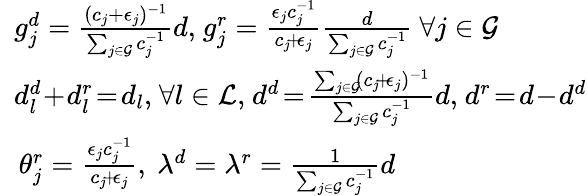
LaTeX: \begin{array}{rl}&{\! \! \! g_{j}^{d}=\frac{(c_{j}+\epsilon_{j})^{-1}}{\sum_{j\in\mathcal{G}}c_{j}^{-1}}d,\! \ g_{j}^{r}=\frac{\epsilon_{j}c_{j}^{-1}}{c_{j}\! +\! \epsilon_{j}}\frac{d}{\sum_{j\in\mathcal{G}}c_{j}^{-1}}\ \forall j\in\mathcal{G}}\\ &{\! \! \! d_{l}^{d}\! +\! d_{l}^{r}\! =\! d_{l},\ \! \forall l\in\mathcal{L},\! \ d^{d}\! =\! \frac{\sum_{j\in\mathcal{G}}\! (c_{j}\! +\! \epsilon_{j})^{-1}}{\sum_{j\in\mathcal{G}}c_{j}^{-1}}d,\! \ d^{r}\! =\! d\! -\! d^{d}}\\ &{\! \! \theta_{j}^{r}=\frac{\epsilon_{j}c_{j}^{-1}}{c_{j}\! +\! \epsilon_{j}},\ \lambda^{d}=\lambda^{r}=\frac{1}{\sum_{j\in\mathcal{G}}c_{j}^{-1}}d}\end{array}